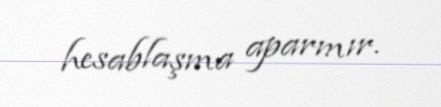
hesablaşma aparmır.